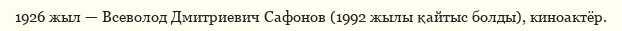
1926 жыл — Всеволод Дмитриевич Сафонов (1992 жылы қайтыс болды), киноактёр.